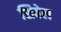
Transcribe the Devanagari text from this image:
शिवेल